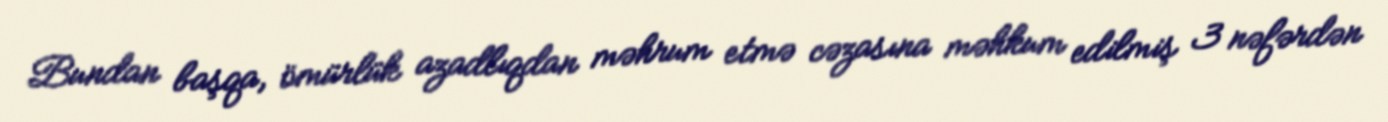
Bundan başqa, ömürlük azadlıqdan məhrum etmə cəzasına məhkum edilmiş 3 nəfərdən